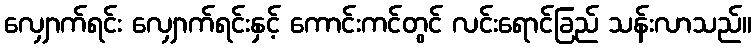
လျှောက်ရင်း လျှောက်ရင်းနှင့် ကောင်းကင်တွင် လင်းရောင်ခြည် သန်းလာသည်။